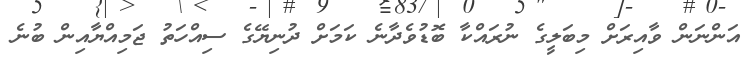
އަންނަން ވާއިރަށް މިބަލީގެ ނުރައްކާ ބޮޑުވެދާނެ ކަމަށް ދުނިޔޭގެ ސިއްހަތު ޖަމިއްޔާއިން ބުނެ